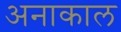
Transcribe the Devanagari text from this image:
अनाकाल